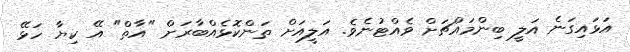
އަޅައިގަނެ އަލީ ބިންމައްޗަށް ވެއްޓުނެވެ. އަލީއަށް ތަންކޮޅެއްބާރަށް "އާތް" އޭ ކިޔާ ހަޅޭ